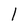
Character: l